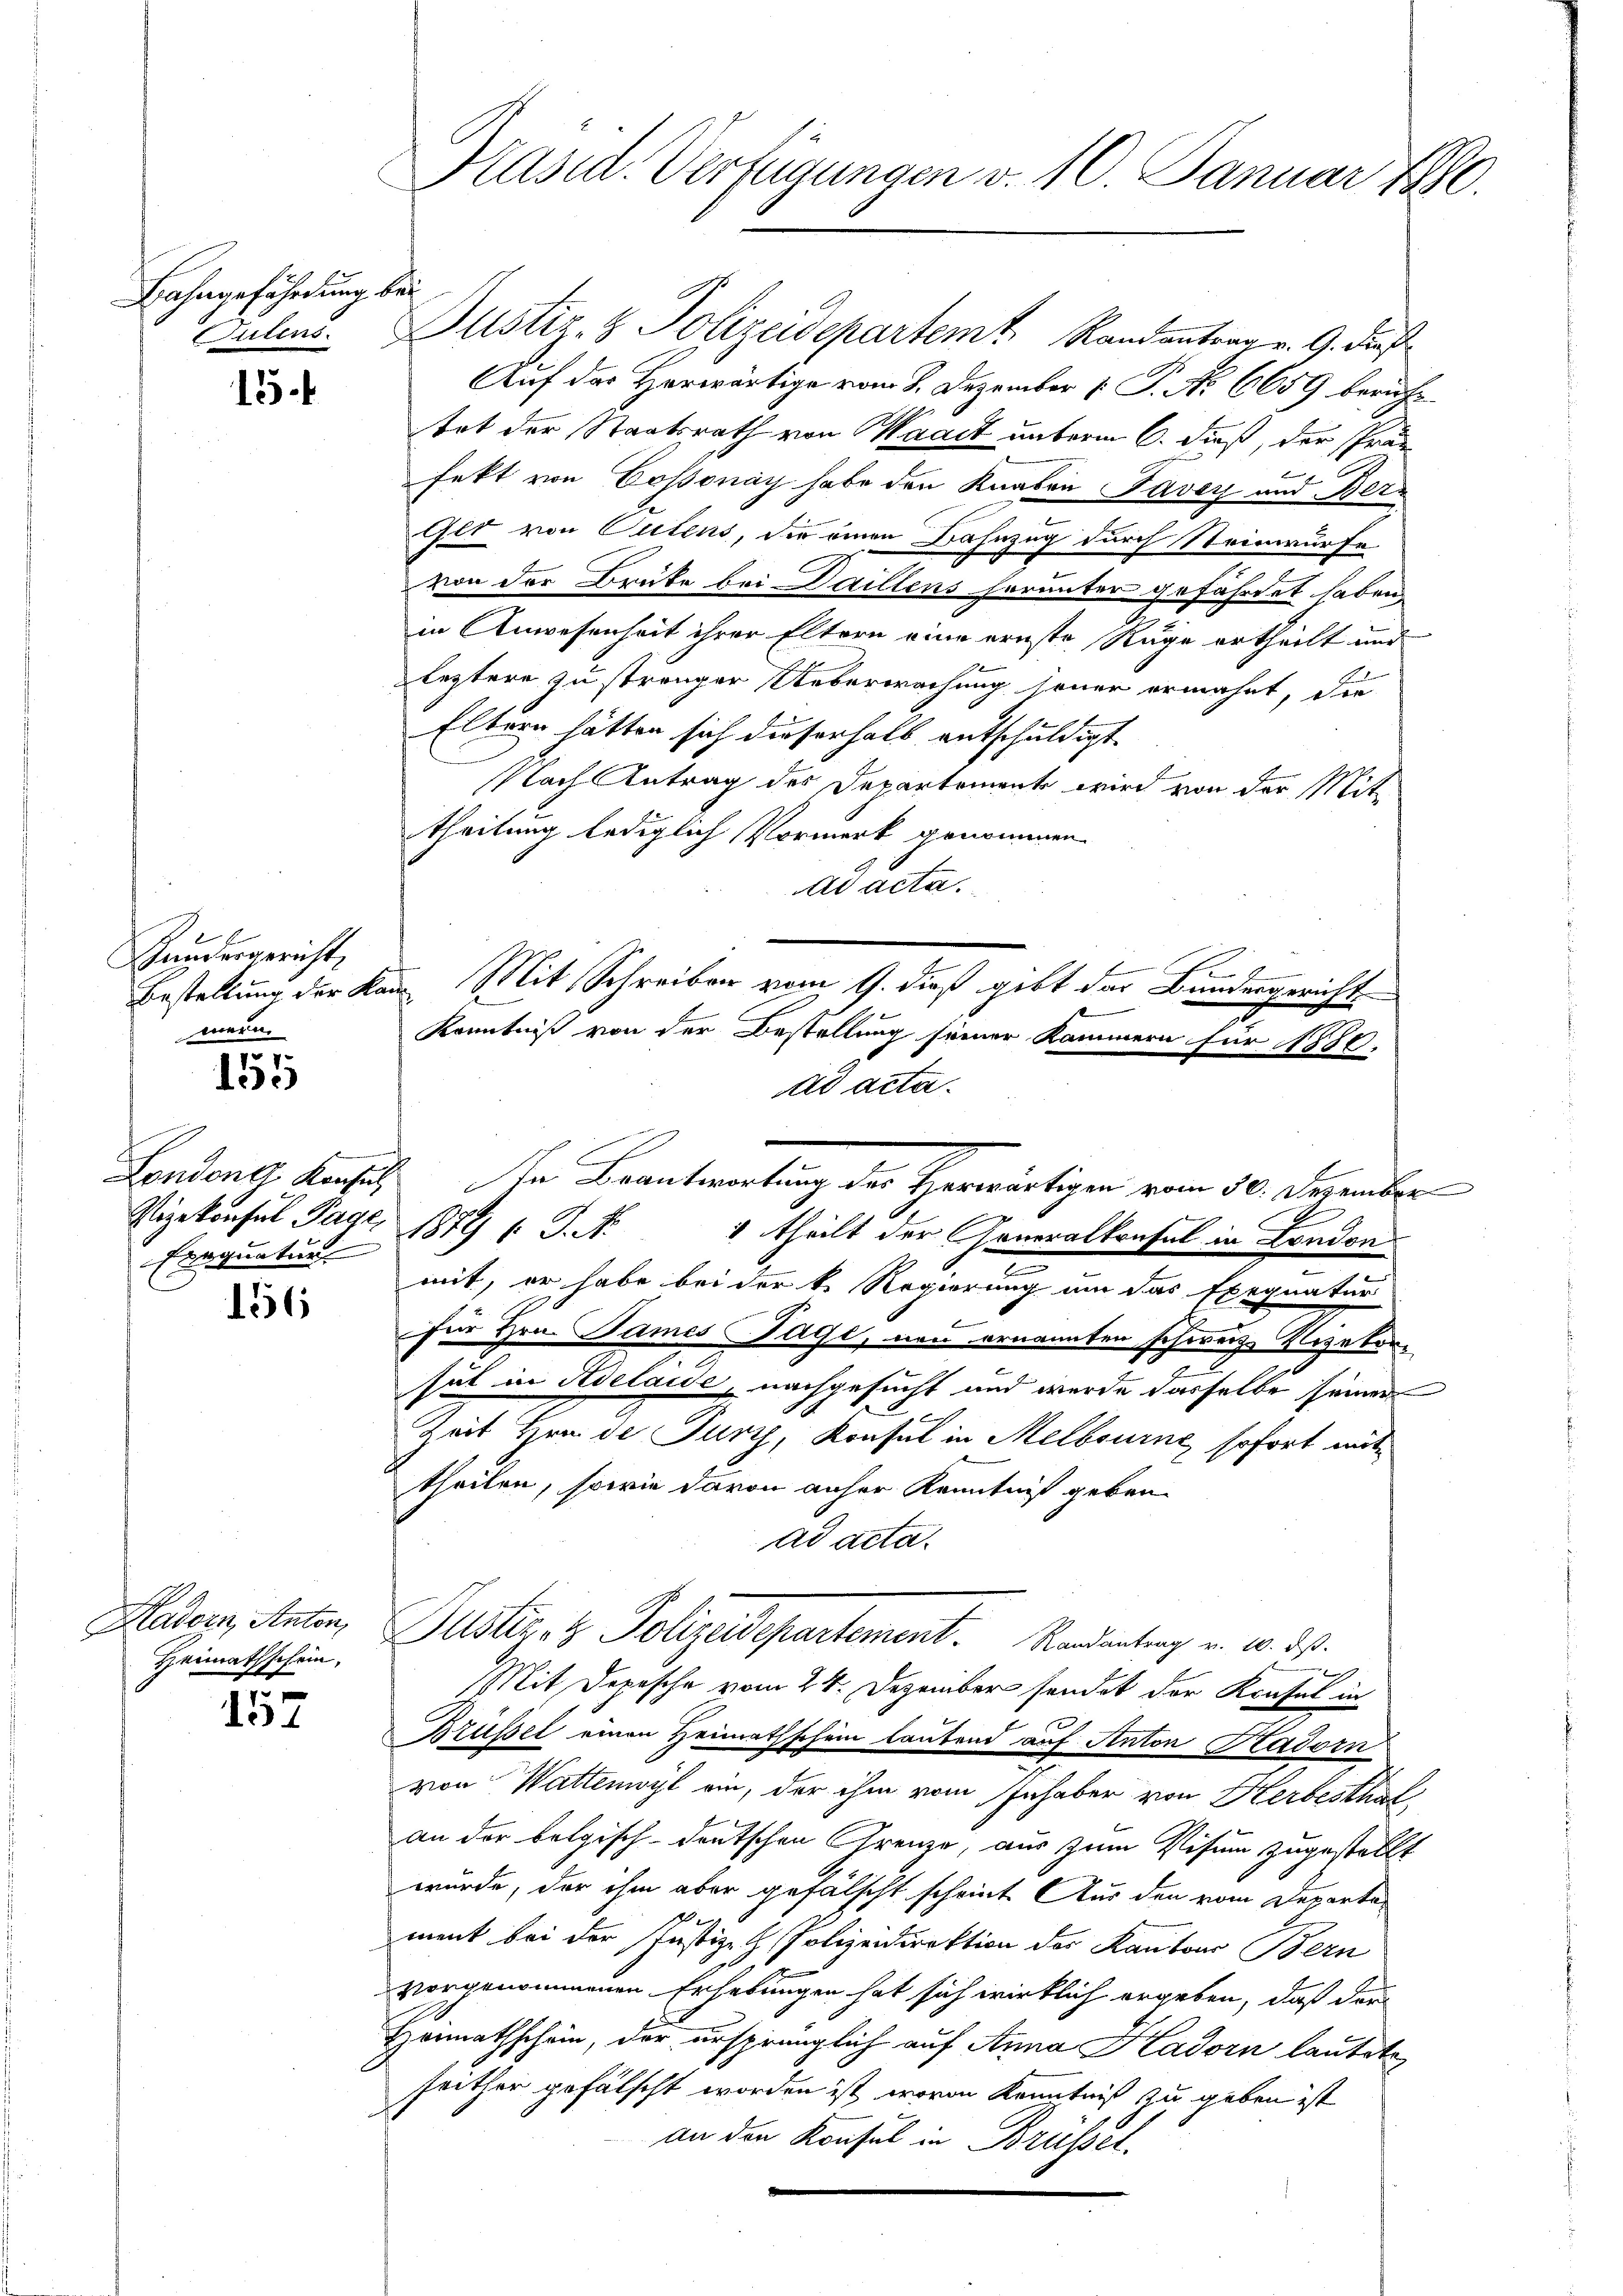
Bahngefährdung bei

15

Kundesgericht,
mern.

155

Vizekonsul Tage,

156

Hadorn, Anton,
Heimathschein,

157

Präsid. Verfügungen v. 10. Januar 1890.

Culens Justiz- & Polizeidepartem Randantrag v. G. dies
Auf das Herwärtige vom 8. Dezember 1 P. No. 6659 berührtet der Staatsrath von Waadt unterm 6. dieß, der Präs
fekt von Cossonay habe den Knaben Taver und Bern
Glt von Oulens, die einen Bahnzug durch Steinwurfe
von der Brüte bei Daillens herunter gefährdet haben,
in Anwesenheit ihrer Eltern eine ernste Ruge ertheilt und
leztere zu strenger Ueberwachung sener erwähnt, die
Eltern hätten sich dieserhalb entschuldigt.
Nach Antrag des Departement wird von der Mit
theilung lediglich Vormerk genommen.
ad acta.
ad acta.
Landene Konsil. In Beantwortung der Herwärtigen vom 30. Dezember
Exequatur 1879 s. S. Nr. 1 theilt der Generalkonsul in London
mit, er habe bei der k. Regierung um das Exequatur
b
für Hrn. James Tage, non ernannten schweiz. Vizekonsät in Adelaide, nachgesucht und wurde dasselbe seiner
Zeit Hrn. de Turz, Konsul in Melbourne, sofort mittheilen, sowie davon anher Kenntniß geben.
ad acta.
Puster- & Polizeidepartement. Mandantung v. 10. ds.
2
Mit Depesche vom 24. Dezember sendet der Konsul in
g
Brüssel einen Heimathschein lautend auf Anton Hadorn
von Wattenwyl ein, der ihm vom Inhaber von Herbesthaf
an der belgisch-deutschen Grenze, aus zum Visum zugestellt
würde, der ihm aber gefälscht scheint. Aus den vom Departament bei der Justiz- & Polizeidirektion der Kantons Bern
vorgenommenen Erhebungen hat sich wirklich ergeben, daß der
Heimathschein, der ursprünglich auf Anna Hadorn lautete
seither gefälscht worden ist, wovon Kenntniß zu geben ist
an den Konsul in Brüssel.

Bestellung der kam Mit Schreiben vom 9. dieß gibt das Bundergericht

2

Kenntniß von der Bestellung seiner Kammern für 1880.